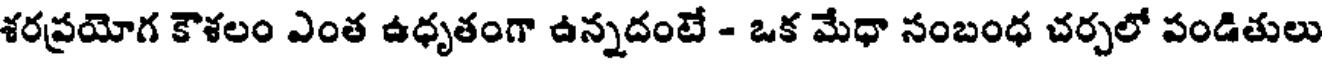
శరప్రయోగ కౌశలం ఎంత ఉధృతంగా ఉన్నదంటే - ఒక మేధా సంబంధ చర్చలో పండితులు